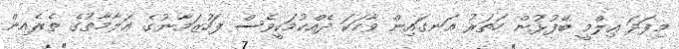
މިފަދަ ޢިލްމީ ބޭފުޅުން ހަތަރު އަނގައިން ވާހަކަ ދެއްކުމަކީވެސް ފަހުޒަމާނުގެ ޢަލާމާތުގެ ތެރެއިން